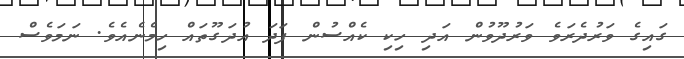
ގައިގެ ވަރުދެރަވެ ވަރުދޫވުން އަދި ހިކި ކެއްސުން ފަދަ އުދަގޫތައް ހިމެނެއެވެ. ނަމަވެސް